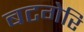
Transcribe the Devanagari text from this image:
बटगेरि